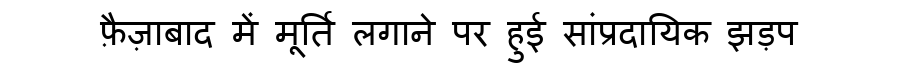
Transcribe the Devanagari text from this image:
फ़ैज़ाबाद में मूर्ति लगाने पर हुई सांप्रदायिक झड़प